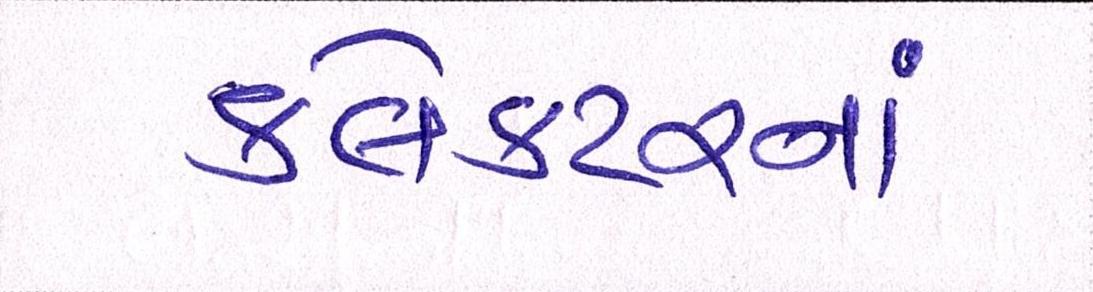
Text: કલેકટરનાં